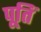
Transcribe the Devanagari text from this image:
पूतिं